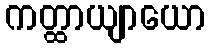
ကတ္ထာယျာယော